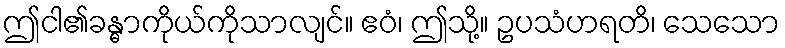
ဤငါ၏ခန္ဓာကိုယ်ကိုသာလျင်။ ဧဝံ၊ ဤသို့။ ဥပသံဟရတိ၊ သေသော